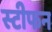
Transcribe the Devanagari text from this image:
स्‍टीफन